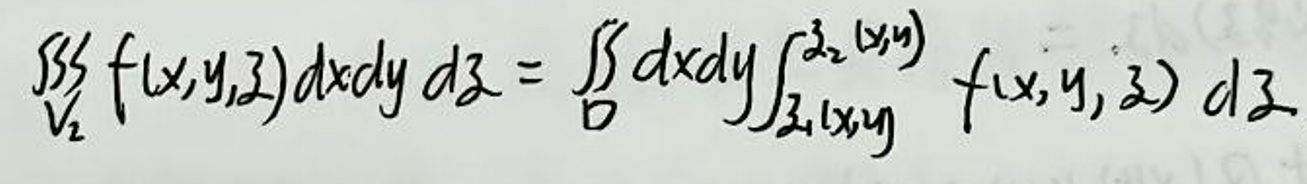
$\iiint_{V_2} f(x,y,z) dx dy dz = \iint_D dx dy \int_{z_1(x,y)}^{z_2(x,y)} f(x,y,z) dz$